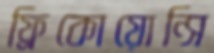
ফ্রিকোয়োন্সি